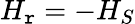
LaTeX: H_{\mathtt{r}}=-H_{S}